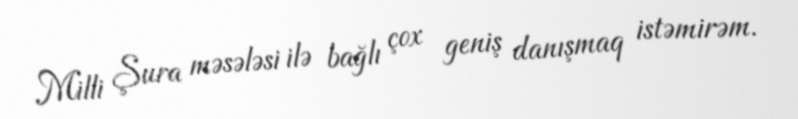
Milli Şura məsələsi ilə bağlı çox geniş danışmaq istəmirəm.